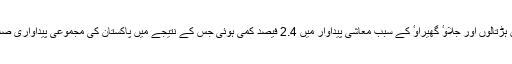
پچھلے ایک سال کے دوران ہڑتالوں اور جلاوٴ گھیراوٴ کے سبب معاشی پیداوار میں 2.4 فیصد کمی ہوئی جس کے نتیجے میں پاکستان کی مجموعی پیداواری صلاحیت میں کمی واقع ہوئی ۔